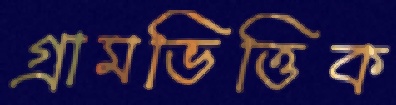
গ্রামভিত্তিক